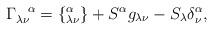
LaTeX: \begin{align*}\Gamma_{\lambda \nu}^{\hspace{.3 true cm} \alpha} =\{^{\alpha}_{\lambda \nu}\} + S^{\alpha}g_{\lambda \nu} - S_{\lambda} \delta^{\alpha}_{\nu}, \end{align*}